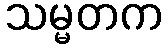
သမ္မတက